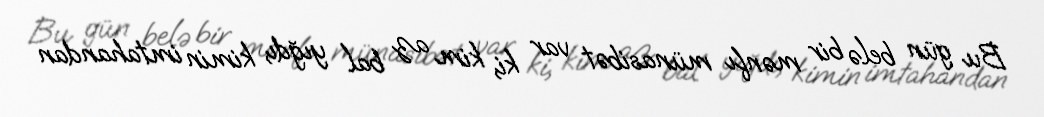
Bu gün belə bir mənfı münasibət var ki, kim az bal yığdı, kimin imtahandan